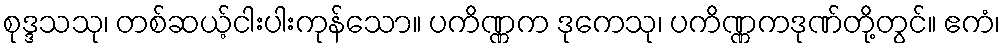
စုဒ္ဒသသု၊ တစ်ဆယ့်ငါးပါးကုန်သော။ ပကိဏ္ဏက ဒုကေသု၊ ပကိဏ္ဏကဒုဏ်တို့တွင်။ ဧကံ၊